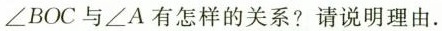
\angle BOC与\angle A有怎样的关系?请说明理由.